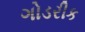
ગોડરીક